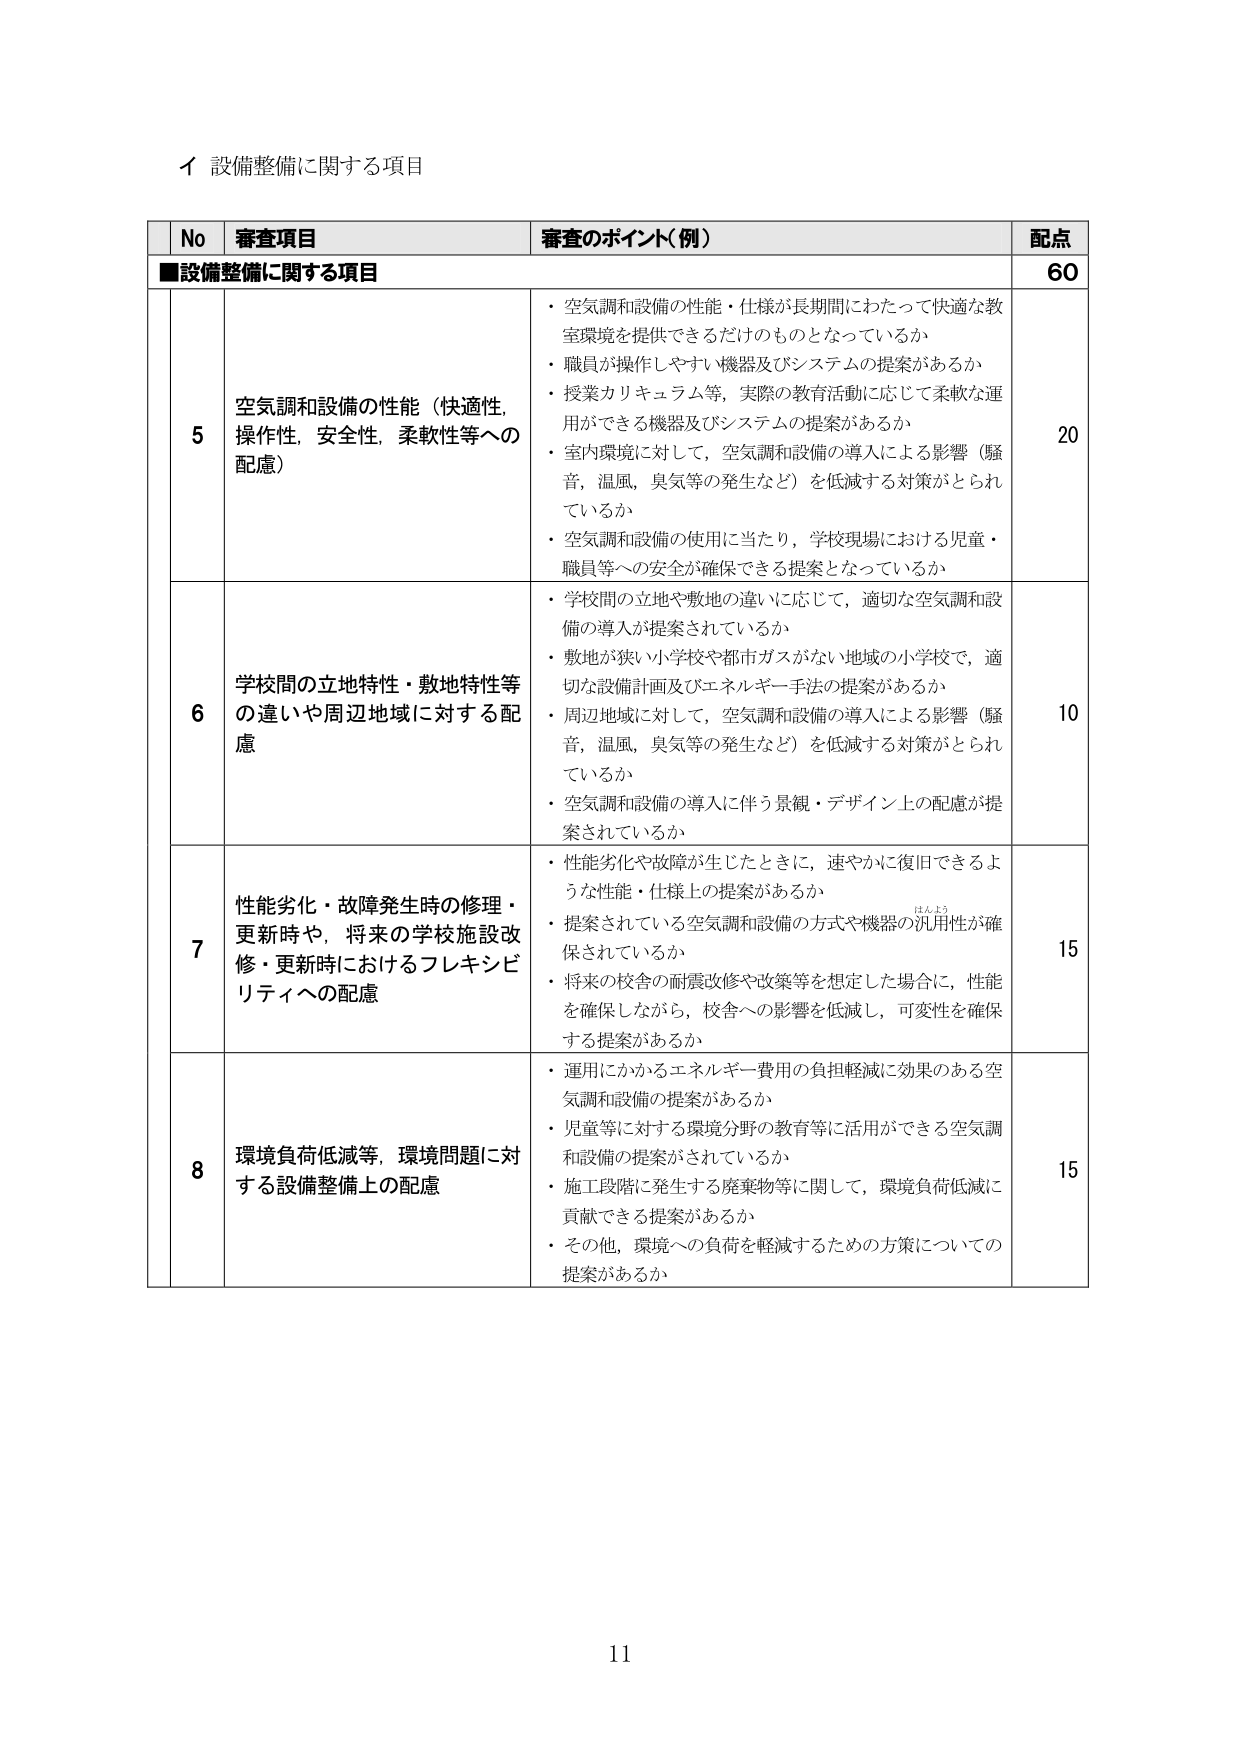
イ 設備整備に関する項目

No 審査項目 審査のポイント（例） 配点
■設備整備に関する項目 60

5 空気調和設備の性能（快適性、操作性、安全性、柔軟性等への配慮） ・空気調和設備の性能・仕様が長期間にわたって快適な教室環境を提供できるだけのものとなっているか
・職員が操作しやすい機器及びシステムの提案があるか
・授業カリキュラム等、実際の教育活動に応じて柔軟な運用ができる機器及びシステムの提案があるか
・室内環境に対して、空気調和設備の導入による影響（騒音、温風、臭気等の発生など）を低減する対策がとられているか
・空気調和設備の使用に当たり、学校現場における児童・職員等への安全が確保できる提案となっているか 20

6 学校間の立地特性・敷地特性等の違いや周辺地域に対する配慮 ・学校間の立地や敷地の違いに応じて、適切な空気調和設備の導入が提案されているか
・敷地が狭い小学校や都市ガスがない地域の小学校で、適切な設備計画及びエネルギー手法の提案があるか
・周辺地域に対して、空気調和設備の導入による影響（騒音、温風、臭気等の発生など）を低減する対策がとられているか
・空気調和設備の導入に伴う景観・デザイン上の配慮が提案されているか 10

7 性能劣化・故障発生時の修理・更新時や、将来の学校施設改修・更新時におけるフレキシビリティへの配慮 ・性能劣化や故障が生じたときに、速やかに復旧できるような性能・仕様上の提案があるか
・提案されている空気調和設備の方式や機器の汎用性が確保されているか
・将来の校舎の耐震改修や改築等を想定した場合に、性能を確保しながら、校舎への影響を低減し、可変性を確保する提案があるか 15

8 環境負荷低減等、環境問題に対する設備整備上の配慮 ・運用にかかるエネルギー費用の負担軽減に効果のある空気調和設備の提案があるか
・児童等に対する環境分野の教育等に活用ができる空気調和設備の提案がされているか
・施工段階に発生する廃棄物等に関して、環境負荷低減に貢献できる提案があるか
・その他、環境への負荷を軽減するための方策についての提案があるか 15

11